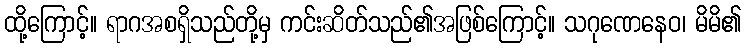
ထို့ကြောင့်။ ရာဂအစရှိသည်တို့မှ ကင်းဆိတ်သည်၏အဖြစ်ကြောင့်။ သဂုဏေနေဝ၊ မိမိ၏